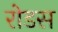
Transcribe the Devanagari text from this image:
रोडस